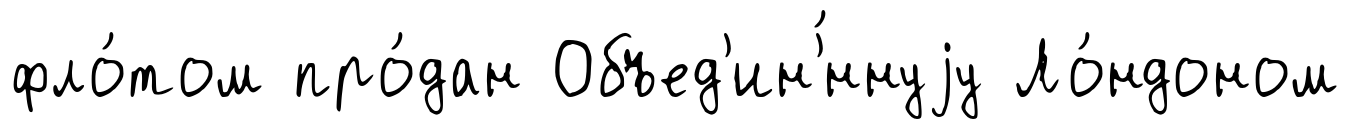
фло́том про́дан Объед'ин'́ннуjу Ло́ндоном